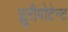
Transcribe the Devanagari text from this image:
प्लूरीपोटेन्ट